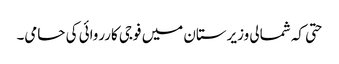
حتی کہ شمالی وزیرستان میں فوجی کارروائی کی حامی۔